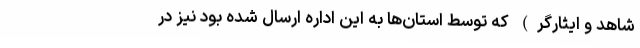
شاهد و ایثارگر) که توسط استان‌ها به این اداره ارسال شده بود نیز در